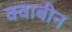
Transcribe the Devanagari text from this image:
क्वाबीन